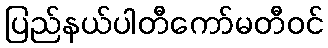
ပြည်နယ်ပါတီကော်မတီဝင်